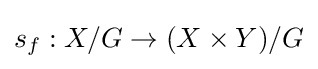
s_{f}:X/G\to (X\times Y)/G